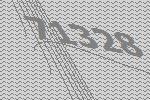
71328